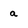
Character: a